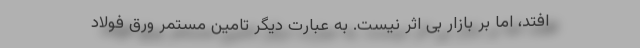
‌افتد، اما بر بازار بی اثر نیست. به عبارت دیگر تامین مستمر ورق فولاد